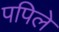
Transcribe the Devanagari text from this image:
पपिले